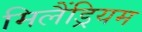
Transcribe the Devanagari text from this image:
मिलैंड्रियम